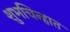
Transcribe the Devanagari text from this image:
शुभचिन्हात